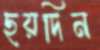
ছয়দিন